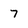
Character: 7